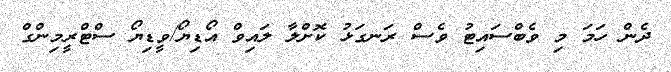
ދެން ހަމަ މި ވެބްސައިޓު ވެސް ރަނގަޅު ކޮށްލާ ލައިވް އޯޑިޔޯ/ވީޑިޔޯ ސްޓްރީމިންގް